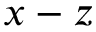
x - z